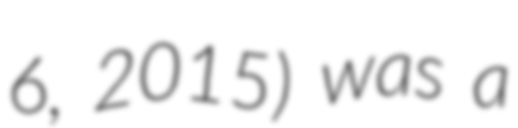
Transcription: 6, 2015) was a